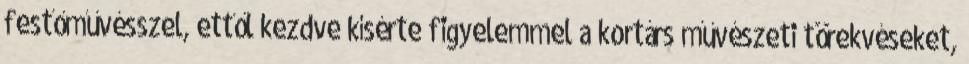
festőművésszel, ettől kezdve kísérte figyelemmel a kortárs művészeti törekvéseket,